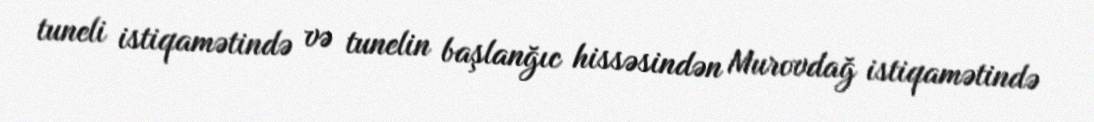
tuneli istiqamətində və tunelin başlanğıc hissəsindən Murovdağ istiqamətində